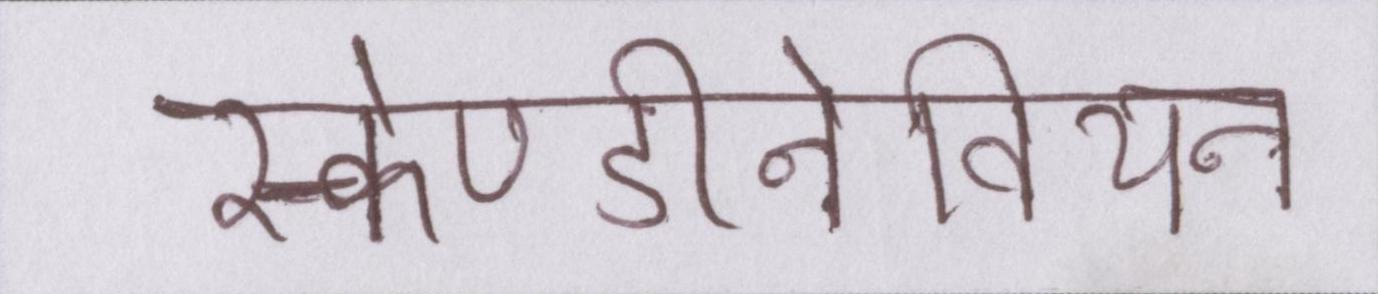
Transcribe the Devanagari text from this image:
स्केण्डीनेवियन